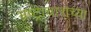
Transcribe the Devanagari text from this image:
भ्रष्ट्राचाराच्या